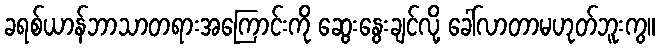
ခရစ်ယာန်ဘာသာတရားအကြောင်းကို ဆွေးနွေးချင်လို့ ခေါ်လာတာမဟုတ်ဘူးကွ။